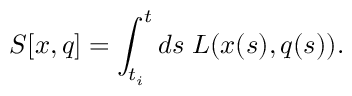
S [ x , q ] = \int _ { t _ { i } } ^ { t } d s \; { \cal L } ( x ( s ) , q ( s ) ) .